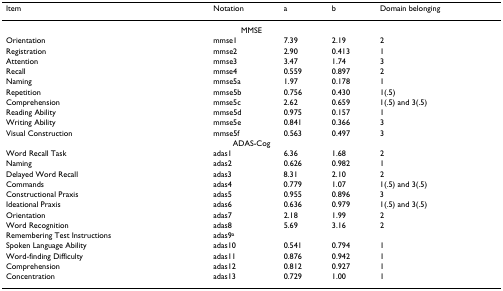
<table><thead><tr><td><b>Item</b></td><td><b>Notation</b></td><td><b>a</b></td><td><b>b</b></td><td><b>Domain belonging</b></td></tr></thead><tbody><tr><td colspan="5">MMSE</td></tr><tr><td>Orientation</td><td>mmse1</td><td>7.39</td><td>2.19</td><td>2</td></tr><tr><td>Registration</td><td>mmse2</td><td>2.90</td><td>0.413</td><td>1</td></tr><tr><td>Attention</td><td>mmse3</td><td>3.47</td><td>1.74</td><td>3</td></tr><tr><td>Recall</td><td>mmse4</td><td>0.559</td><td>0.897</td><td>2</td></tr><tr><td>Naming</td><td>mmse5a</td><td>1.97</td><td>0.178</td><td>1</td></tr><tr><td>Repetition</td><td>mmse5b</td><td>0.756</td><td>0.430</td><td>1(.5)</td></tr><tr><td>Comprehension</td><td>mmse5c</td><td>2.62</td><td>0.659</td><td>1(.5) and 3(.5)</td></tr><tr><td>Reading Ability</td><td>mmse5d</td><td>0.975</td><td>0.157</td><td>1</td></tr><tr><td>Writing Ability</td><td>mmse5e</td><td>0.841</td><td>0.366</td><td>3</td></tr><tr><td>Visual Construction</td><td>mmse5f</td><td>0.563</td><td>0.497</td><td>3</td></tr><tr><td colspan="5">ADAS-Cog</td></tr><tr><td>Word Recall Task</td><td>adas1</td><td>6.36</td><td>1.68</td><td>2</td></tr><tr><td>Naming</td><td>adas2</td><td>0.626</td><td>0.982</td><td>1</td></tr><tr><td>Delayed Word Recall</td><td>adas3</td><td>8.31</td><td>2.10</td><td>2</td></tr><tr><td>Commands</td><td>adas4</td><td>0.779</td><td>1.07</td><td>1(.5) and 3(.5)</td></tr><tr><td>Constructional Praxis</td><td>adas5</td><td>0.955</td><td>0.896</td><td>3</td></tr><tr><td>Ideational Praxis</td><td>adas6</td><td>0.636</td><td>0.979</td><td>1(.5) and 3(.5)</td></tr><tr><td>Orientation</td><td>adas7</td><td>2.18</td><td>1.99</td><td>2</td></tr><tr><td>Word Recognition</td><td>adas8</td><td>5.69</td><td>3.16</td><td>2</td></tr><tr><td>Remembering Test Instructions</td><td>adas9<sup>a</sup></td><td></td><td></td><td></td></tr><tr><td>Spoken Language Ability</td><td>adas10</td><td>0.541</td><td>0.794</td><td>1</td></tr><tr><td>Word-finding Difficulty</td><td>adas11</td><td>0.876</td><td>0.942</td><td>1</td></tr><tr><td>Comprehension</td><td>adas12</td><td>0.812</td><td>0.927</td><td>1</td></tr><tr><td>Concentration</td><td>adas13</td><td>0.729</td><td>1.00</td><td>1</td></tr></tbody></table>